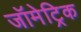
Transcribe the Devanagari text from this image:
जॉमेट्रिक